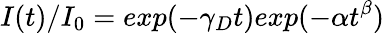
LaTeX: I(t)/I_{0}=exp(-\gamma_{D}t)exp(-\alpha t^{\beta})